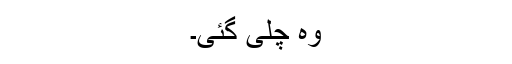
وہ چلی گئی۔